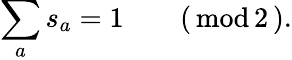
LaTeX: \sum_{a}s_{a}=1\qquad(\, \textrm{mod}\, 2\, ).